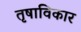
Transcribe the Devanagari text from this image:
तृषाविकार